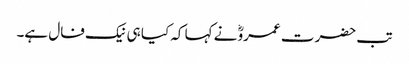
تب حضرت عمروؓ نے کہا کہ کیا ہی نیک فال ہے۔